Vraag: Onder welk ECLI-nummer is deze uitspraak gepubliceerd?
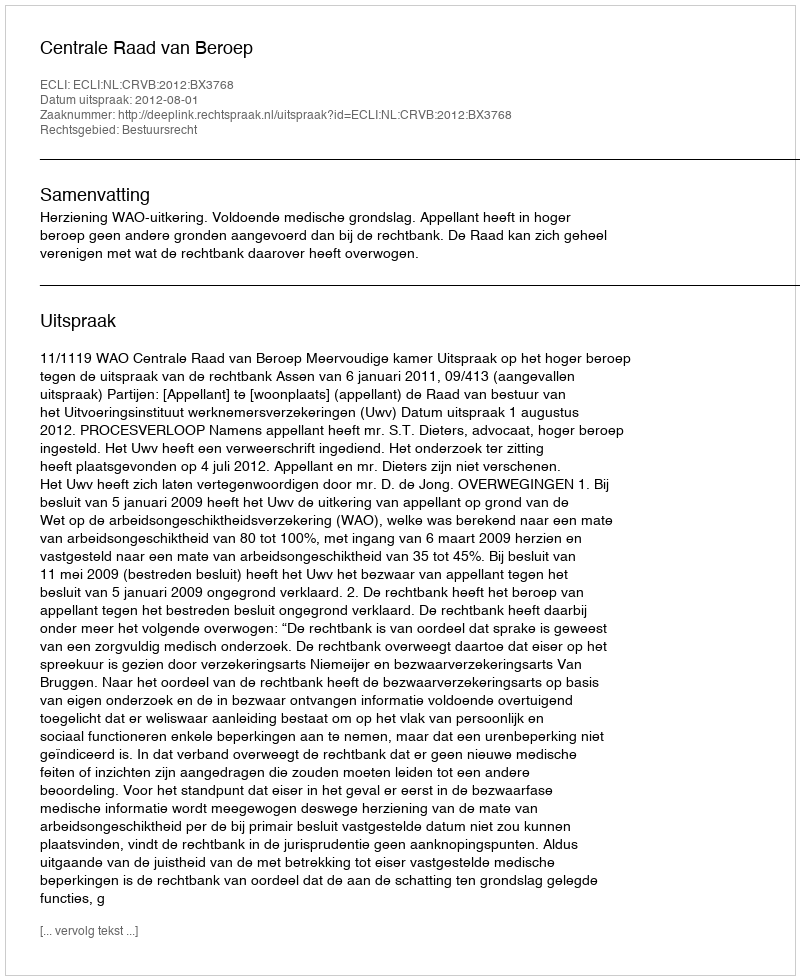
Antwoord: ECLI:NL:CRVB:2012:BX3768